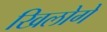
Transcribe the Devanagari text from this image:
खिलोगे